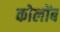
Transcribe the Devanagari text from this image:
कोलोंब